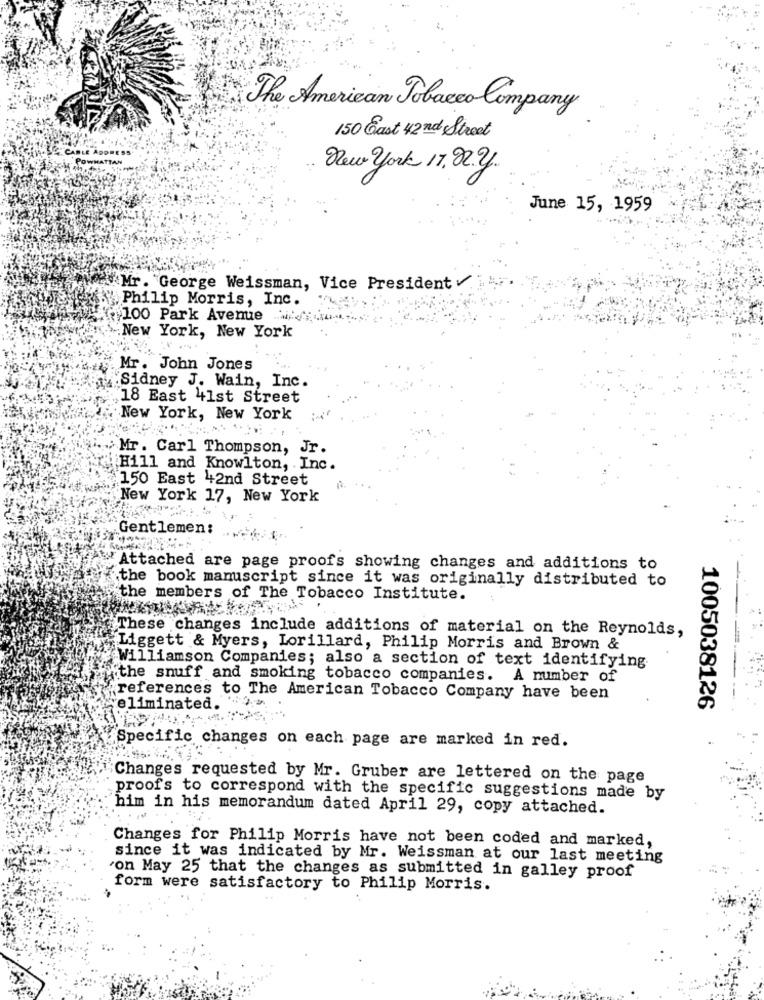
The American Tobacco Company
150 Gast 42 nd Street
New york 17.02.2.
June 15, 1959
Mr. George Weissman, Vice President
Philip Morris, Inc.
$100 Park Avenue
New York, New York
Mr. John Jones
1. Sidney J. Wain, Inc.
18 East 41st Street
New York, New York
. ..
Mr. Carl Thompson, Jr.
Hill and Knowlton, Inc.
150 East 42nd Street
New York 17, New York
Gentlemen:
Attached are page proofs showing changes and additions to
the book manuscript since it was originally distributed to
the members of The Tobacco Institute.
These changes include additions of material on the Reynolds,
Liggett & Myers, Lorillard, Philip Morris and Brown &
Williamson Companies; also a section of text identifying
the snuff and smoking tobacco companies. A number of
references to The American Tobacco Company have been
eliminated.
1005038126
Specific changes on each page are marked in red.
Changes requested by Mr. Gruber are lettered on the page
proofs to correspond with the specific suggestions made by
him in his memorandum dated April 29, copy attached.
Changes for Philip Morris have not been coded and marked,
since it was indicated by Mr. Weissman at our last meeting
on May 25 that the changes as submitted in galley proof
form were satisfactory to Philip Morris.